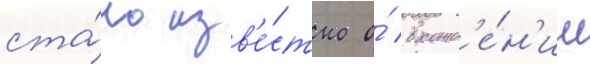
ста́ло изв'е́стно о́ вхожд'е́н'ии